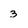
Character: 3